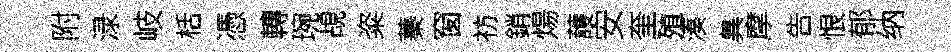
附渌岐栝憑轉琬覘粢蓁窗祊銷煬䕶安奎殖湊兾摩告恨郁纳